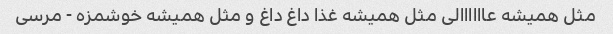
مثل همیشه عاااااالى مثل همیشه غذا داغ داغ و مثل همیشه خوشمزه - مرسى